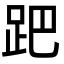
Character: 跁